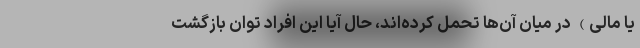
یا مالی) در میان ‌آن‌ها تحمل کرده‌اند، حال آیا این افراد توان بازگشت